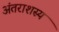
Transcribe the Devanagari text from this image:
अंतराशस्य